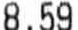
8.29